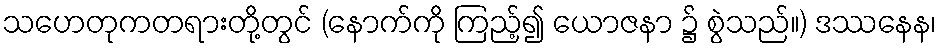
သဟေတုကတရားတို့တွင် (နောက်ကို ကြည့်၍ ယောဇနာ ၌ စွဲသည်။) ဒဿနေန၊